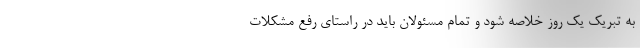
به تبریک یک روز خلاصه شود و تمام مسئولان باید در راستای رفع مشکلات